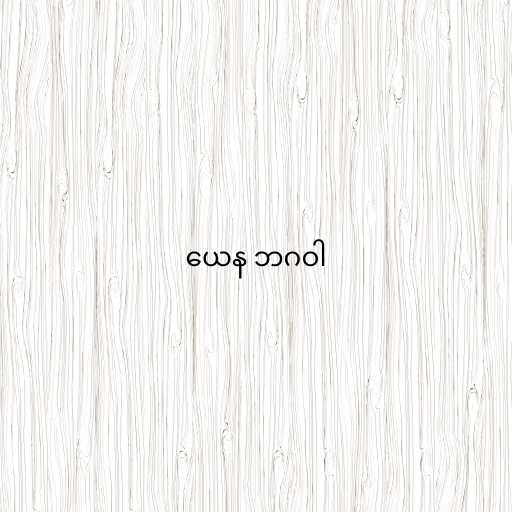
ယေန ဘဂဝါ